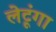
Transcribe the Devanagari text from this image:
लेटूंगा